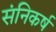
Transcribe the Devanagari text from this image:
संनिकर्ष